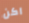
اكن